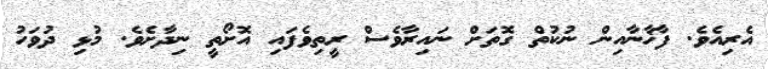
އެރިއެވެ. ފާޚާނާއިން ނުކުތް ގޮތަށް ނައިރާވެސް ރީތިވެފައި އޮށޯތީ ނިދާށެވެ. މުޅި ދުވަހު